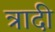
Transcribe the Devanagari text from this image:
त्रादी